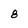
Character: 8